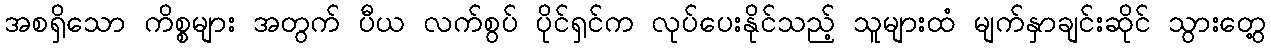
အစရှိသော ကိစ္စများ အတွက် ပီယ လက်စွပ် ပိုင်ရှင်က လုပ်ပေးနိုင်သည့် သူများထံ မျက်နှာချင်းဆိုင် သွားတွေ့